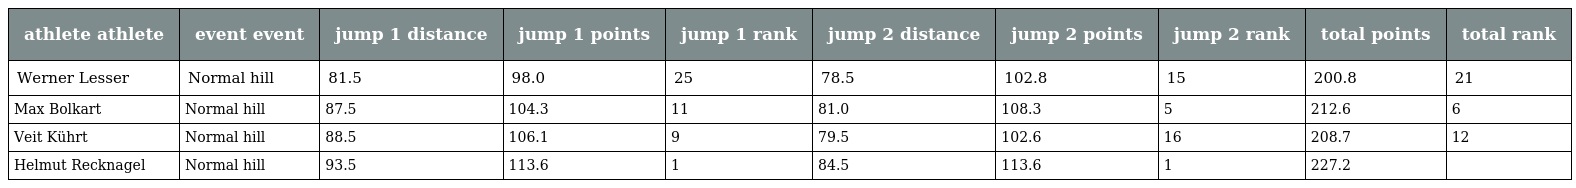
| athlete athlete | event event | jump 1 distance | jump 1 points | jump 1 rank | jump 2 distance | jump 2 points | jump 2 rank | total points | total rank |
 | --- | --- | --- | --- | --- | --- | --- | --- | --- | --- |
 | Werner Lesser | Normal hill | 81.5 | 98.0 | 25 | 78.5 | 102.8 | 15 | 200.8 | 21 |
 | Max Bolkart | Normal hill | 87.5 | 104.3 | 11 | 81.0 | 108.3 | 5 | 212.6 | 6 |
 | Veit Kührt | Normal hill | 88.5 | 106.1 | 9 | 79.5 | 102.6 | 16 | 208.7 | 12 |
 | Helmut Recknagel | Normal hill | 93.5 | 113.6 | 1 | 84.5 | 113.6 | 1 | 227.2 |  |